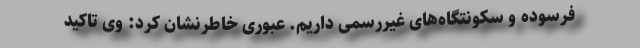
فرسوده و سکونتگاه‌های غیررسمی داریم. عبوری خاطرنشان کرد: وی تاکید